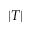
| T |